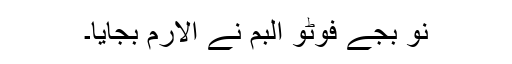
نو بجے فوٹو البم نے الارم بجایا۔